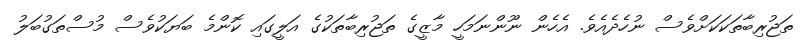
ތަޖުރިބާތަކަކަށްވެސް ނުހެދެއެވެ. އެހެން ނޫންނަމަހީ މާޒީގެ ތަޖުރިބާތަކުގެ އަލީގައި ކޮންމެ ބަޔަކުވެސް މުސްތަގުބަލު